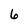
Character: 6